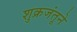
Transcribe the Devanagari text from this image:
शुक्रजंतूने